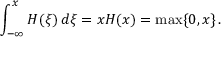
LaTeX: \int _ { - \infty } ^ { x } H ( \xi ) \, d \xi = x H ( x ) = \operatorname* { m a x } \{ 0 , x \} \, .